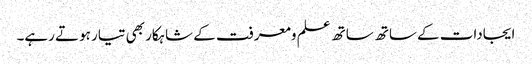
ایجادات کے ساتھ ساتھ علم ومعرفت کے شاہکار بھی تیار ہوتے رہے۔